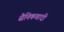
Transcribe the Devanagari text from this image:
सैनिकवादी